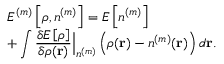
\begin{array} { l } { { \displaystyle { \cal E } ^ { ( m ) } \left[ \rho , n ^ { ( m ) } \right] = E \left[ n ^ { ( m ) } \right] } \ ~ } \\ { { \displaystyle + \int \frac { \delta E \left[ \rho \right] } { \delta \rho ( { \bf r } ) } \Big \vert _ { n ^ { ( m ) } } \left( \rho ( { \bf r } ) - n ^ { ( m ) } ( { \bf r } ) \right) d { \bf r } } . } \end{array}